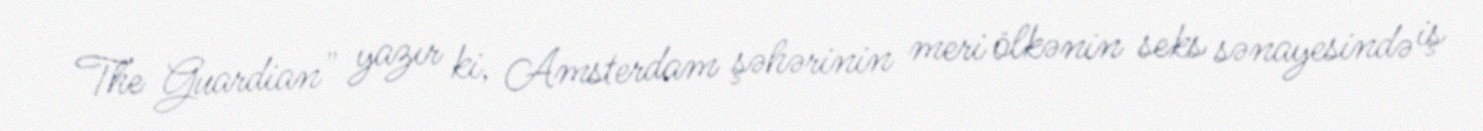
The Guardian" yazır ki, Amsterdam şəhərinin meri ölkənin seks sənayesində iş